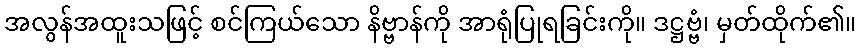
အလွန်အထူးသဖြင့် စင်ကြယ်သော နိဗ္ဗာန်ကို အာရုံပြုရခြင်းကို။ ဒဋ္ဌဗ္ဗံ၊ မှတ်ထိုက်၏။